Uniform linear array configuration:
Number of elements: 48
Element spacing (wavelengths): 0.5
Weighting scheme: binomial
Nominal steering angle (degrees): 30
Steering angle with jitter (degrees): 28.338
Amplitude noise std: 0.05
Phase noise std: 0.05

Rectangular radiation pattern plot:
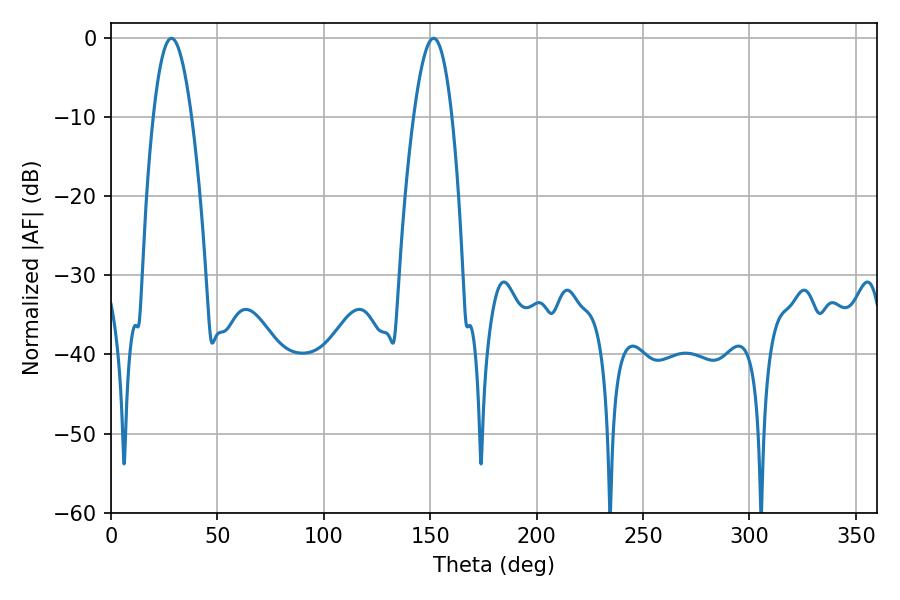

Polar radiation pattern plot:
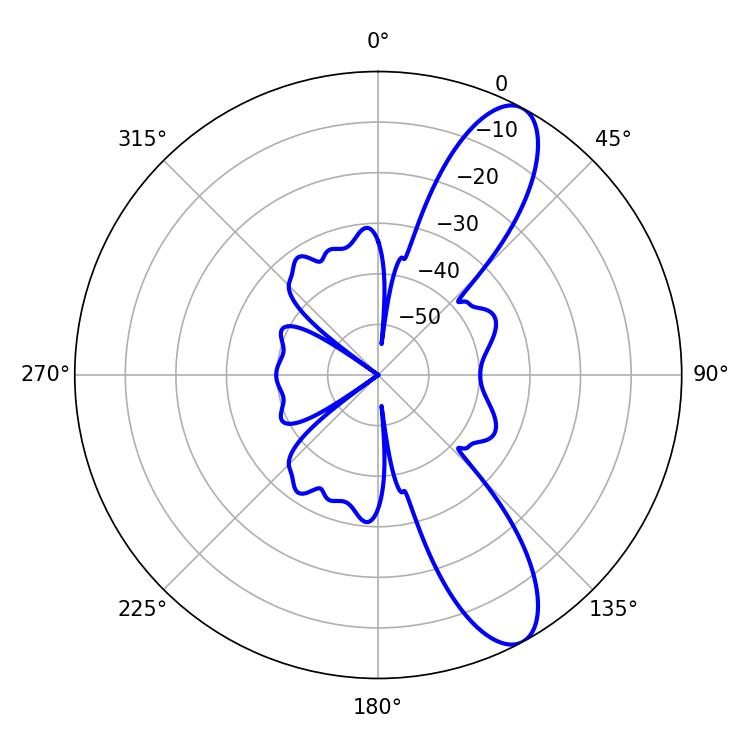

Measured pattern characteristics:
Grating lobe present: FALSE
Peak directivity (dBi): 10.538
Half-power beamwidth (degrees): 9.9
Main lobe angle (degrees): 28.44